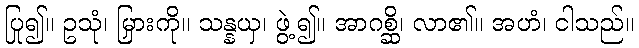
ပြု၍။ ဥသုံ၊ မြှားကို။ သန္နယှ၊ ဖွဲ့၍။ အာဂစ္ဆိ၊ လာ၏။ အဟံ၊ ငါသည်။